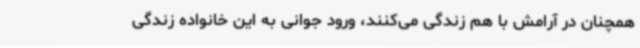
همچنان در آرامش با هم زندگی می‌کنند، ورود جوانی به این خانواده زندگی